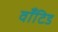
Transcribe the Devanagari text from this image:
वाँटिड